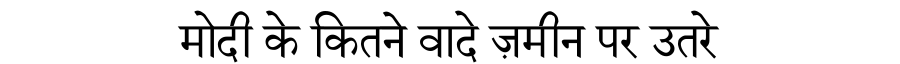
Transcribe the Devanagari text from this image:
मोदी के कितने वादे ज़मीन पर उतरे